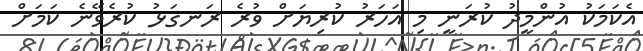
އެކަމަކު އުންމީދު ކުރަނީ މި އަހަރު ކުރިޔަށް ވުރެ ރަނގަޅު ކުރެވޭނެ ކަމަށް